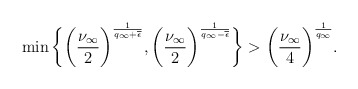
\begin{align*} \min \bigg\{ \bigg(\frac{\nu_\infty}{2}\bigg)^{\frac{1}{q_{\infty}+\overline{\epsilon}}}, \bigg(\frac{\nu_\infty}{2}\bigg)^{\frac{1}{q_{\infty}-\overline{\epsilon}}}\bigg\} > \bigg( \frac{\nu_{\infty}}{4}\bigg )^{\frac{1}{q_{\infty}}}. \end{align*}